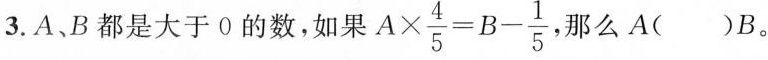
3. A，B都是大于0的数，如果 $$A